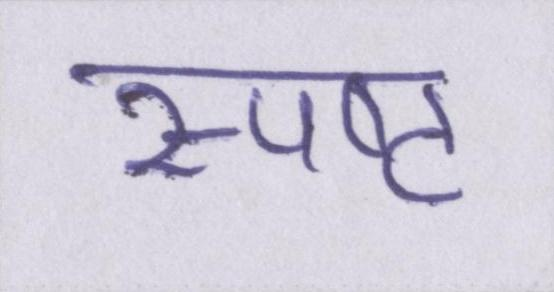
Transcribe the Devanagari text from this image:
स्पष्ट